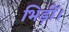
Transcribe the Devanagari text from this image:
भिड़ीं।